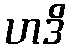
ဟဒိ